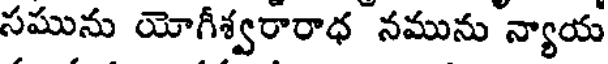
సమును యోగీశ్వరారాధ నమును న్యాయ